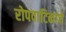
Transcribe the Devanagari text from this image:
रोपवाटिकांचे